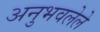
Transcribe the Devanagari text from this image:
अनुभवलेले